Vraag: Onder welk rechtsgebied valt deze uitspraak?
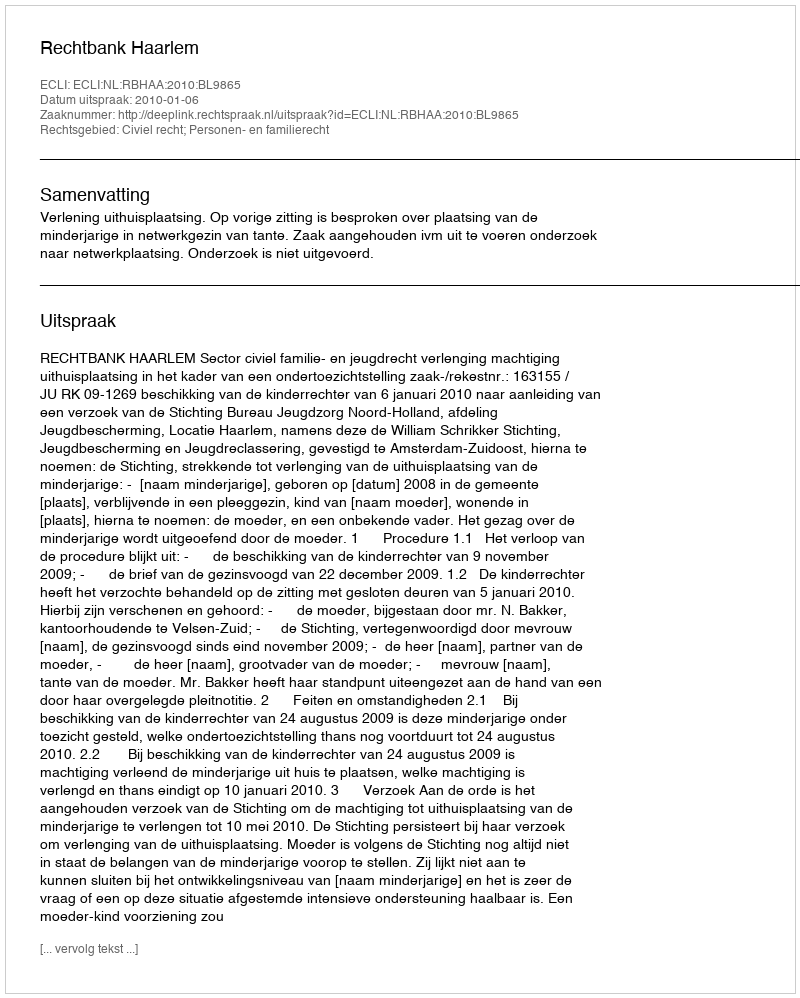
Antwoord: Civiel recht; Personen- en familierecht